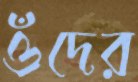
ওঁদের